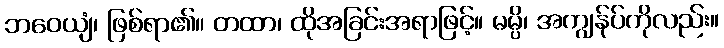
ဘဝေယျံ၊ ဖြစ်ရာ၏။ တထာ၊ ထိုအခြင်းအရာဖြင့်။ မမ္ပိ၊ အကျွန်ုပ်ကိုလည်း။